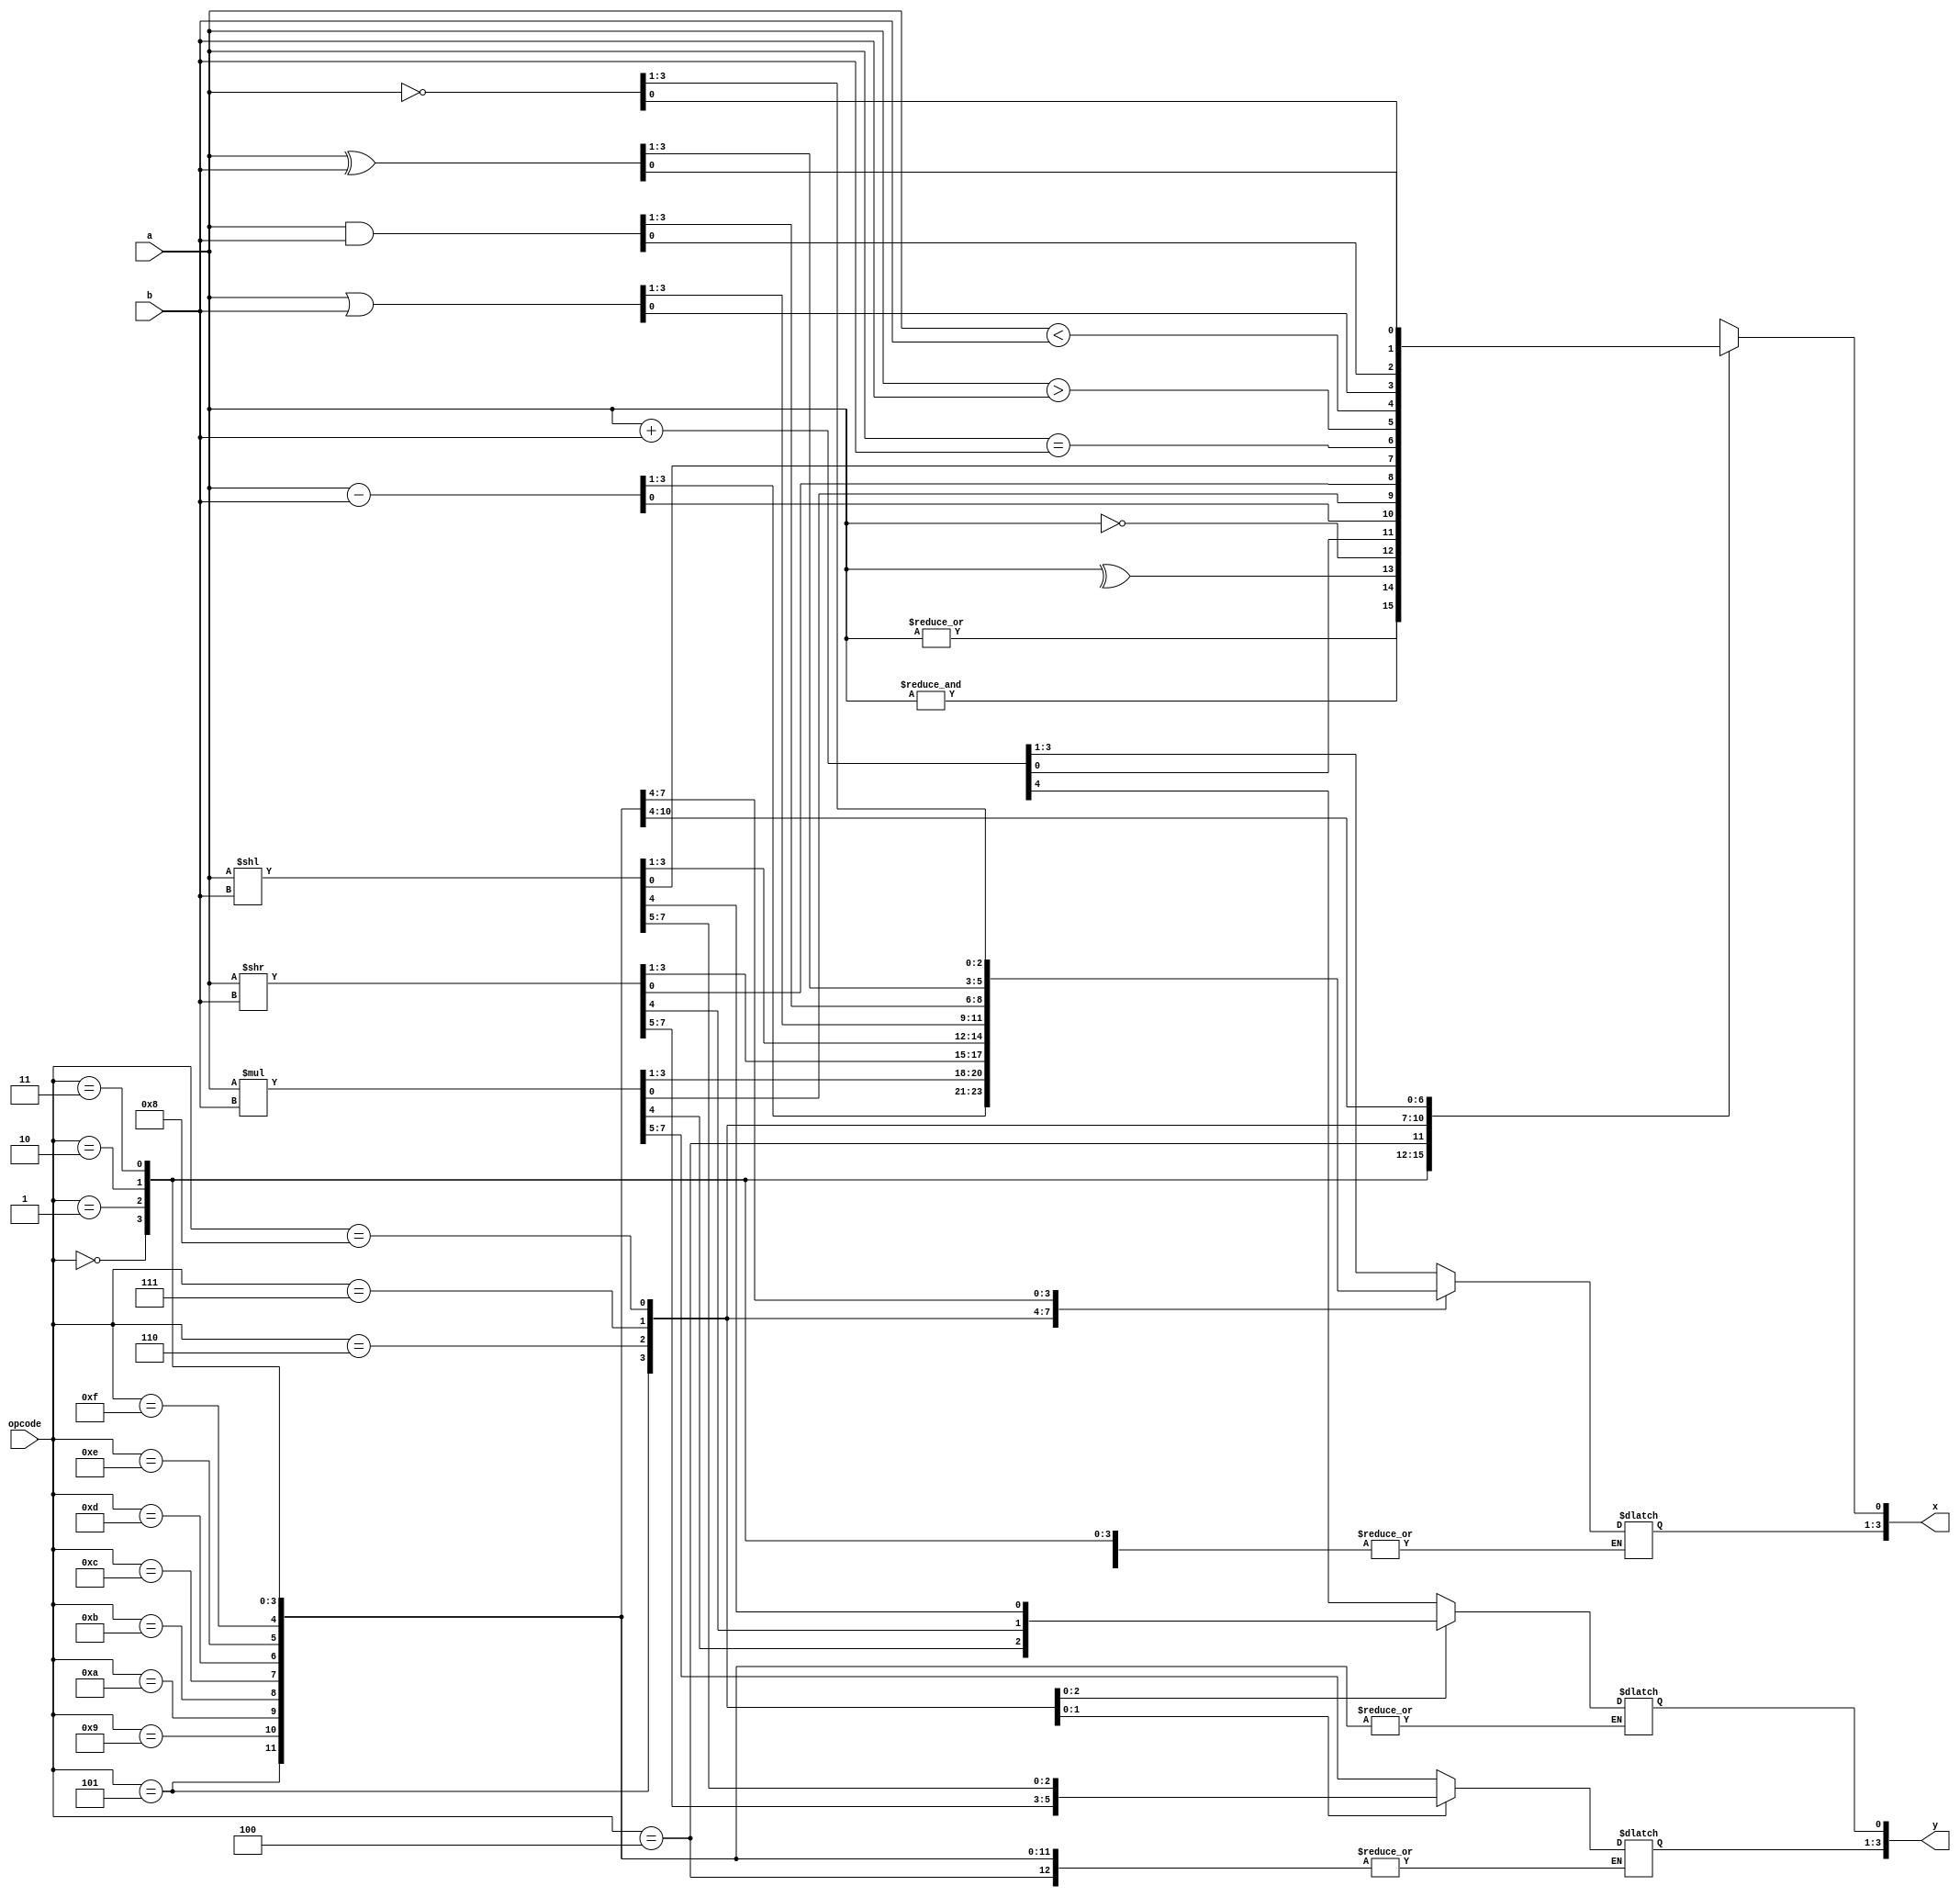

module ALU
(
	input [3:0]a,b,opcode,
	output reg [3:0] x,y
);

`define OR_RED 4'd0 
`define AND_RED 4'd1
`define XOR_RED 4'd2 
`define NOT_RED 4'd3
`define ADD 4'd4
`define MINUS 4'd5
`define MUL 4'd6 
`define SHIFT_R 4'd7
`define SHIFT_L 4'd8 
`define EQUAL 4'd9
`define GRATER 4'd10
`define SMALLER 4'd11
`define OR_OP 4'd12
`define AND_OP 4'd13
`define XOR_OP 4'd14
`define NOT_OP 4'd15 

always@(*)
	begin 
		case(opcode)
			//reduction operations
			`OR_RED:  x[0] = |a; 
			`AND_RED: x[0] = &a;
			`XOR_RED: x[0] = ^a;
			`NOT_RED: x[0] = !a;
			//arithmetic operations
			`ADD: {y[0],x} = (a + b); 
			`MINUS: x = (a - b);  	
			`MUL: {y,x} = (a * b); 
			//shift operations 
			`SHIFT_R: {y,x} = (a >> b);
			`SHIFT_L: {y,x} = (a << b); 
			//relational operations
			`EQUAL: x[0] = (a == b);
			`GRATER: x[0] = (a > b);
			`SMALLER: x[0] = (a < b);
			//logic operations
			`OR_OP: x = a | b; 
			`AND_OP: x = a & b; 
			`XOR_OP: x = a ^ b;
			`NOT_OP: x = ~a;
			
			default: $display("error"); 		
		endcase 	
	end


endmodule